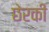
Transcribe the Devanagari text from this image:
छेरकी